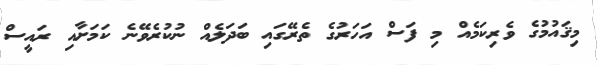
މިޤައުމުގެ ވެރިކަމެއް މި ފަސް އަހަރުގެ ތެރޭގައި ބަދަލެއް ނުކުރެވޭނެ ކަމަށާއި ރައީސް